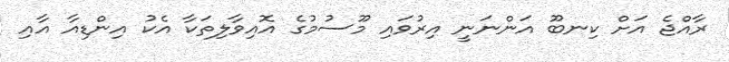
ރާއްޖެ އަށް ކިނބޫ އަންނަނީ އިރުވައި މޫސުމުގެ އޮއިވާލިތަކާ އެކު އިންޑިއާ އާއި